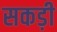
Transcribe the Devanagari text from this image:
सकड़ी